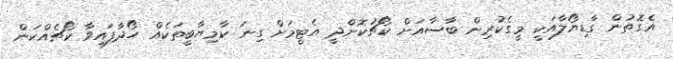
އެގޮތުން ގާޑިޔޯލާއަކީ މީގެކުރިން ބާސާއަށް ކޯޗުކޮށްދީ އެޓީމަށް ގިނަ ކާމިޔާބީތަކެއް ހޯދާފައިވާ ކޯޗެއްކަން